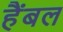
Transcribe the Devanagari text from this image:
हैंबल